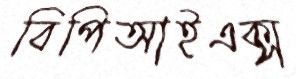
বিপিআইএক্স